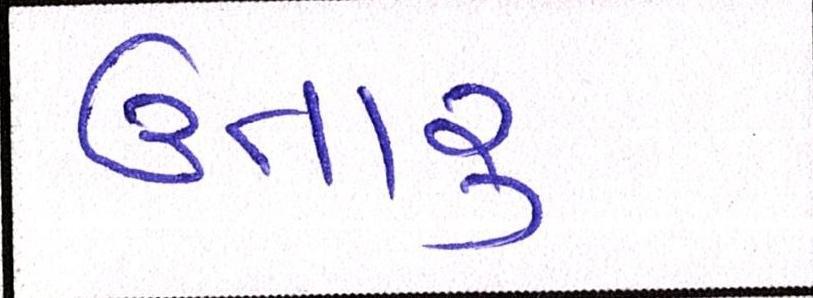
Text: ઉતારુ